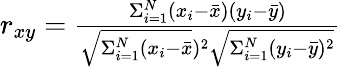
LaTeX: \begin{array}{r}{r_{xy}=\frac{\Sigma_{i=1}^{N}(x_{i}-\bar{x})(y_{i}-\bar{y})}{\sqrt{\Sigma_{i=1}^{N}(x_{i}-\bar{x}})^{2}\sqrt{\Sigma_{i=1}^{N}(y_{i}-\bar{y})^{2}}}}\end{array}